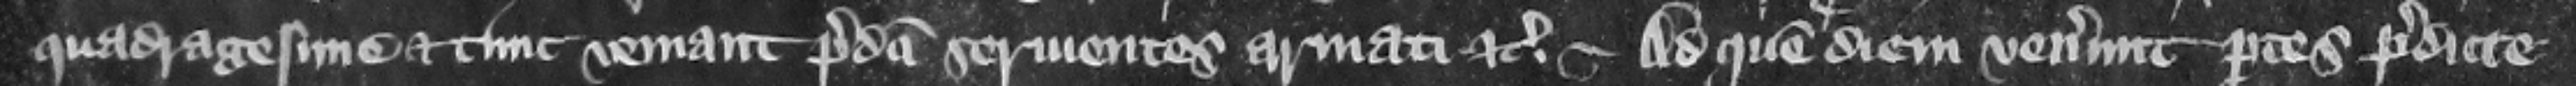
quadragesime et tunc veniant predicti seruientes armati etc. Ad quem diem venerunt partes predicte